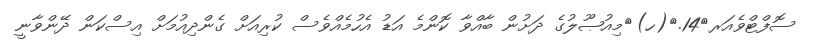
ސޮފްޓްވެއަރ	14.	(ހ)	މިއުޞޫލުގެ ދަށުން ބާއްވާ ކޮންމެ އަޑު އެހުމެއްވެސް ކުރިއަށް ގެންދިއުމަށް އިސްކަން ދޭންވާނީ